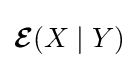
\operatorname {\boldsymbol {\mathcal {E}}} (X\mid Y)